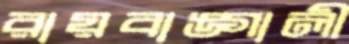
রায়বাঙ্গালী